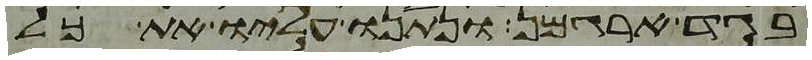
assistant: בגד ארגמן ונתנו עליו את כל